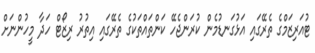
ޓުއަރިޒަމްގެ ތެރޭގައި އަޅުގަނޑުމެން ކުރަންޖެހޭ ކަންތައްތަކުގެ ތެރޭގައި އިތުރު ރިޒޯޓް ހަދާ މީހުންނަށް